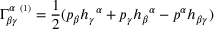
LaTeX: \Gamma _ { \beta \gamma } ^ { \alpha \ { \scriptscriptstyle ( 1 ) } } = \frac { 1 } { 2 } ( p _ { \beta } h _ { \gamma } { } ^ { \alpha } + p _ { \gamma } h _ { \beta } { } ^ { \alpha } - p ^ { \alpha } h _ { \beta \gamma } )